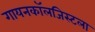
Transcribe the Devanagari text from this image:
गायनकॉलजिस्टला